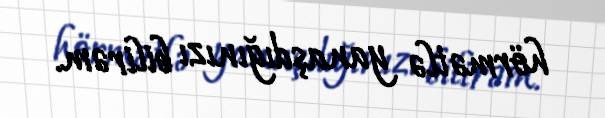
hörmətlə yanaşdığınızı bilirəm.